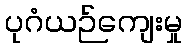
ပုဂံယဉ်ကျေးမှု